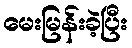
မေးမြန်းခဲ့ပြီး